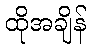
ထိုအချိန်